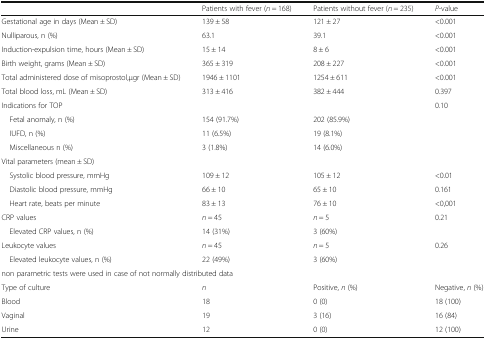
<table><thead><tr><td></td><td><b>Patients with fever (<i>n</i> = 168)</b></td><td><b>Patients without fever (<i>n</i> = 235)</b></td><td><b><i>P</i>-value</b></td></tr></thead><tbody><tr><td>Gestational age in days (Mean ± SD)</td><td>139 ± 58</td><td>121 ± 27</td><td>&lt;0.001</td></tr><tr><td>Nulliparous, n (%)</td><td>63.1</td><td>39.1</td><td>&lt;0.001</td></tr><tr><td>Induction-expulsion time, hours (Mean ± SD)</td><td>15 ± 14</td><td>8 ± 6</td><td>&lt;0.001</td></tr><tr><td>Birth weight, grams (Mean ± SD)</td><td>365 ± 319</td><td>208 ± 227</td><td>&lt;0.001</td></tr><tr><td>Total administered dose of misoprostol,μgr (Mean ± SD)</td><td>1946 ± 1101</td><td>1254 ± 611</td><td>&lt;0.001</td></tr><tr><td>Total blood loss, mL (Mean ± SD)</td><td>313 ± 416</td><td>382 ± 444</td><td>0.397</td></tr><tr><td colspan="3">Indications for TOP</td><td rowspan="4">0.10</td></tr><tr><td> Fetal anomaly, n (%)</td><td>154 (91.7%)</td><td>202 (85.9%)</td></tr><tr><td> IUFD, n (%)</td><td>11 (6.5%)</td><td>19 (8.1%)</td></tr><tr><td> Miscellaneous n (%)</td><td>3 (1.8%)</td><td>14 (6.0%)</td></tr><tr><td colspan="4">Vital parameters (mean ± SD)</td></tr><tr><td> Systolic blood pressure, mmHg</td><td>109 ± 12</td><td>105 ± 12</td><td>&lt;0.01</td></tr><tr><td> Diastolic blood pressure, mmHg</td><td>66 ± 10</td><td>65 ± 10</td><td>0.161</td></tr><tr><td> Heart rate, beats per minute</td><td>83 ± 13</td><td>76 ± 10</td><td>&lt;0,001</td></tr><tr><td>CRP values</td><td><i>n</i> = 45</td><td><i>n</i> = 5</td><td rowspan="2">0.21</td></tr><tr><td> Elevated CRP values, n (%)</td><td>14 (31%)</td><td>3 (60%)</td></tr><tr><td>Leukocyte values</td><td><i>n</i> = 45</td><td><i>n</i> = 5</td><td rowspan="2">0.26</td></tr><tr><td> Elevated leukocyte values, n (%)</td><td>22 (49%)</td><td>3 (60%)</td></tr><tr><td colspan="4">non parametric tests were used in case of not normally distributed data</td></tr><tr><td>Type of culture</td><td><i>n</i></td><td>Positive, <i>n</i> (%)</td><td>Negative, <i>n</i> (%)</td></tr><tr><td>Blood</td><td>18</td><td>0 (0)</td><td>18 (100)</td></tr><tr><td>Vaginal</td><td>19</td><td>3 (16)</td><td>16 (84)</td></tr><tr><td>Urine</td><td>12</td><td>0 (0)</td><td>12 (100)</td></tr></tbody></table>